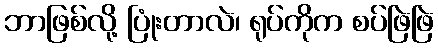
ဘာဖြစ်လို့ ပြုံးတာလဲ၊ ရုပ်ကိုက စပ်ဖြဲဖြဲ